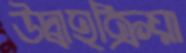
উদ্বাহক্রিয়া